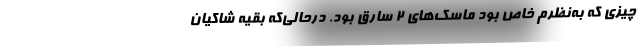
چیزی که به‌نظرم خاص بود ماسک‌های ۲ سارق بود. درحالی‌که بقیه شاکیان